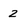
Character: 2